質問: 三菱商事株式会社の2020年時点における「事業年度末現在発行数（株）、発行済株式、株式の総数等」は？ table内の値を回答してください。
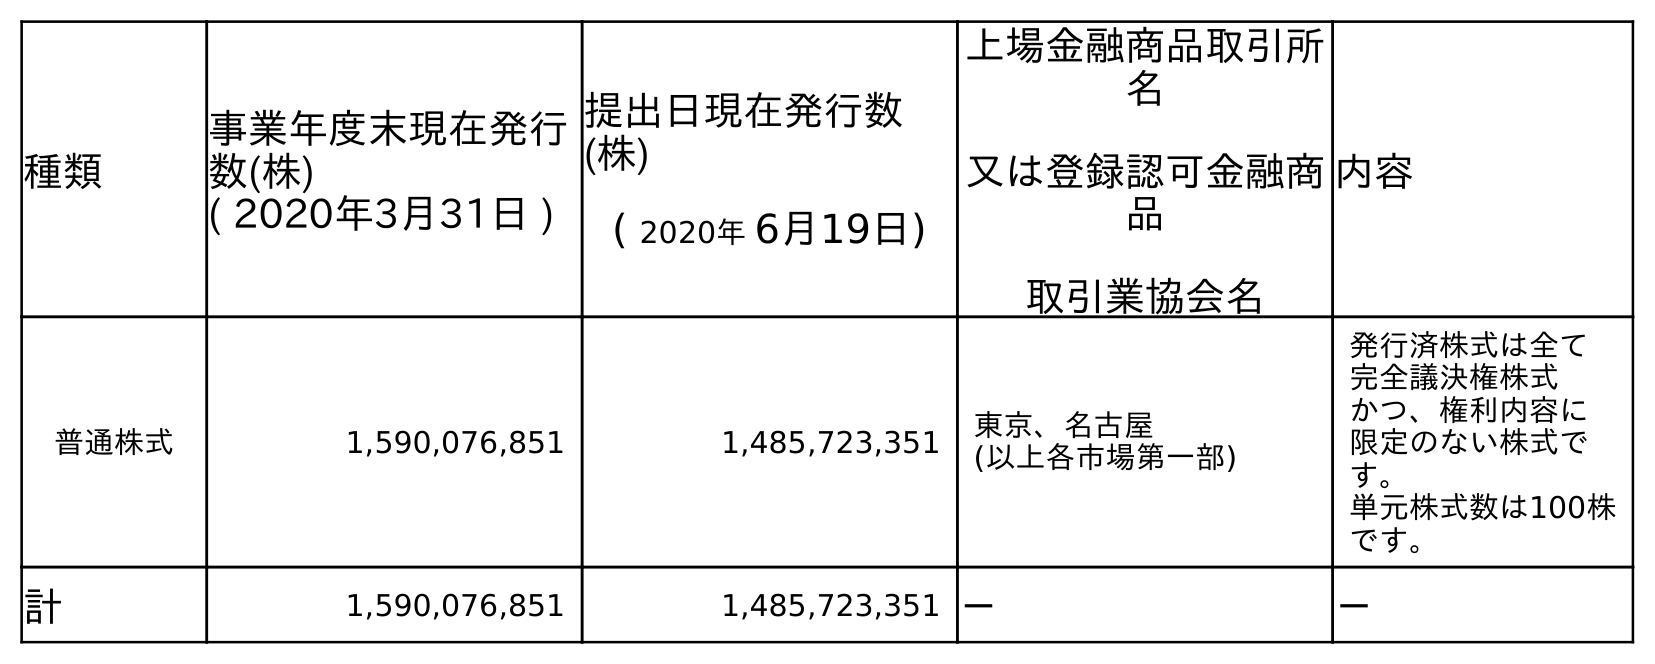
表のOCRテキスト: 種類 事業年度末現在発行 数(株) ( 2020年3月31日 ) 提出日現在発行数 (株) ( 2020年 6月19日) 上場金融商品取引所 名 又は登録認可金融商 品 取引業協会名 内容 普通株式 1,590,076,851 1,485,723,351 東京、名古屋 (以上各市場第一部) 発行済株式は全て 完全議決権株式 かつ、権利内容に 限定のない株式で す。 単元株式数は100株 です。 計 1,590,076,851 1,485,723,351 － －
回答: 1,590,076,851